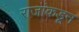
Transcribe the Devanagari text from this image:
राजांकडून